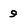
Character: 9